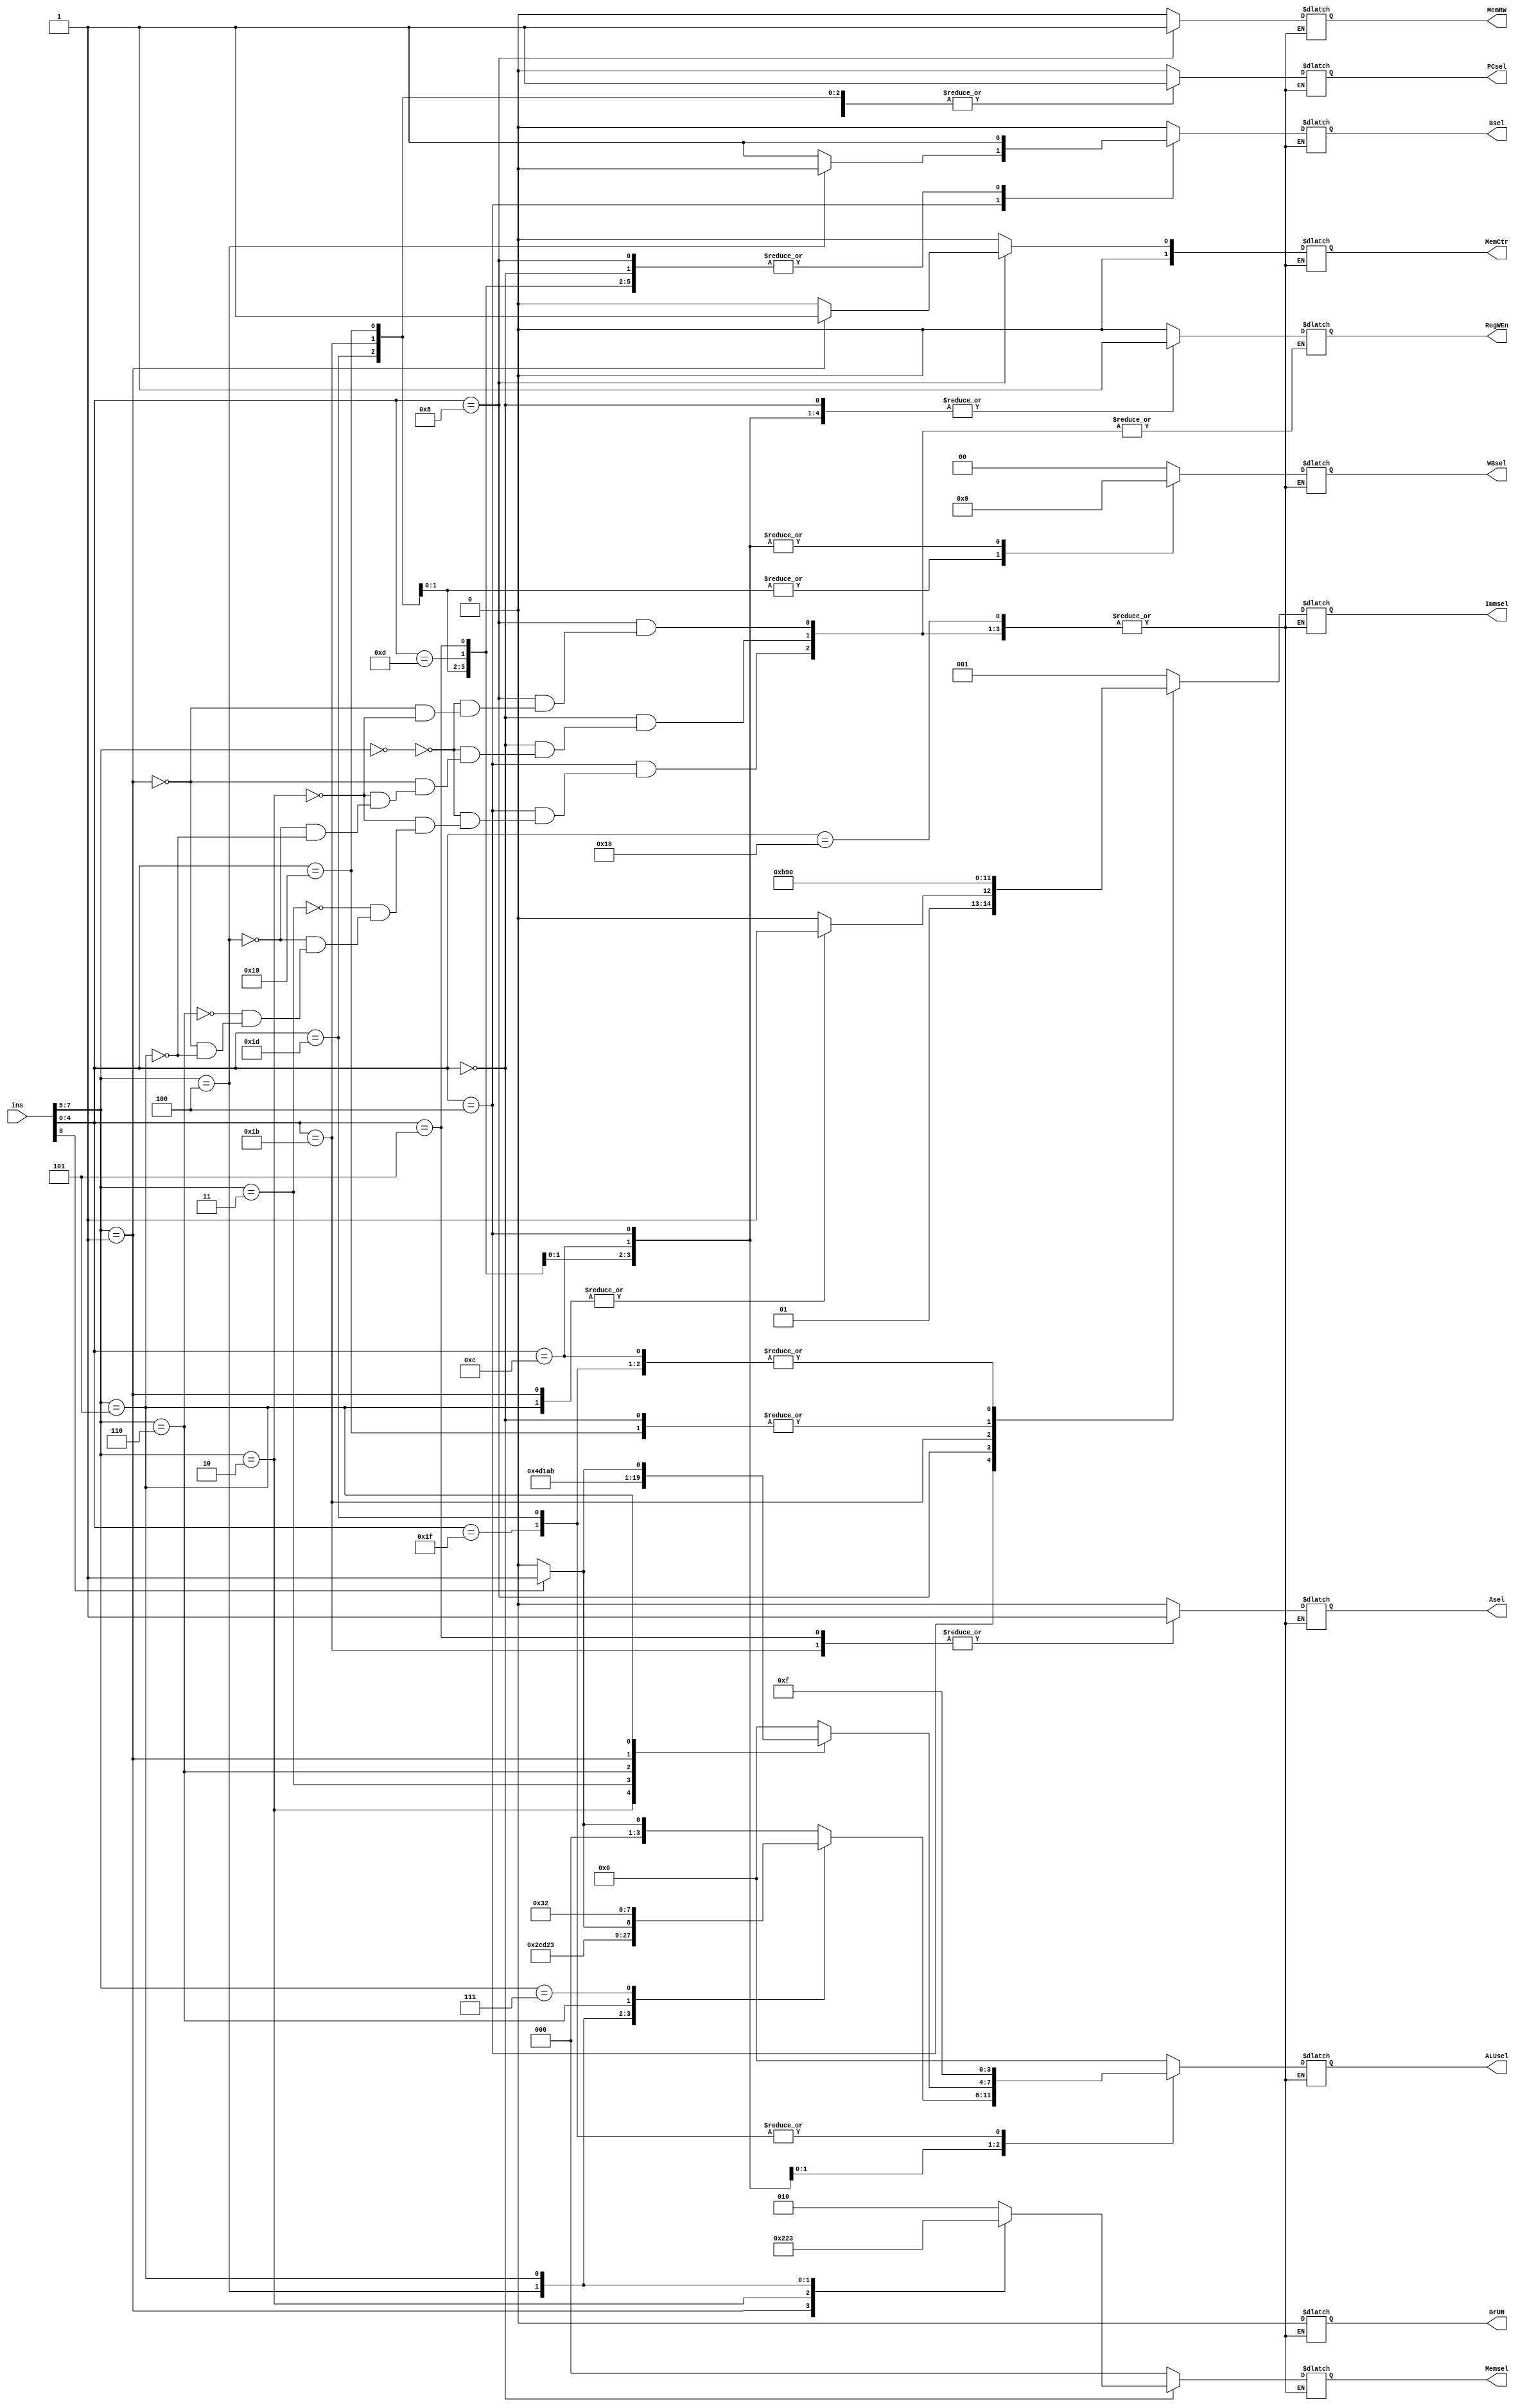
`define R		5'b01100
`define I		5'b00100
`define L		5'b00000
`define S		5'b01000
`define B		5'b11000
`define JAR		5'b11011
`define JALR		5'b11001
`define LUI		5'b01101
`define AUIPC		5'b00101
`define NONE		5'b11111
`define NONEL		5'b11101

`define PC1		1'b0
`define ALU1		1'b1 

`define ENABLE  	1'b1
`define DISABLE		1'b0

`define REGISTER	1'b0
`define PC		1'b1
`define IMM		1'b1

`define ADD		4'b0000
`define SUB		4'b0001	
`define COM		4'b1001
`define COMU		4'b1010
`define XOR		4'b0100
`define OR		4'b0011
`define AND		4'b0010
`define SRL		4'b0110
`define SLL		4'b0101
`define SRA		4'b0111

`define SE20_UI 	3'b001
`define SE12_LI 	3'b010
`define SE05    	3'b011
`define SE12_BR 	3'b100
`define SE12_ST 	3'b101
`define SE20_JP 	3'b110

`define PC2		2'b10
`define ALU2		2'b01
`define MEM		2'b00

`define LW   		3'b000 
`define LH   		3'b001 
`define LB   		3'b010 
`define LHU  		3'b011 
`define LBU  		3'b100 

`define SW		2'b00
`define SH		2'b01
`define SB		2'b00

module rom12 (ins, PCsel, Immsel, BrUN, Asel, Bsel, ALUsel, MemRW, RegWEn, Memsel, MemCtr, WBsel);
	input [8:0] ins;
	output reg PCsel, BrUN, Asel, Bsel, MemRW, RegWEn;
	output reg [3:0] ALUsel;
	output reg [2:0] Immsel, Memsel;
	output reg [1:0] WBsel, MemCtr;
	
	always @(*)
	begin
		case(ins[4:0])
			`R:	case(ins[7:5])						// R TYPE
					3'b000: case(ins[8]) 				// ADD + SUB
							1'b0:	begin			// ADD
								BrUN = 1'b0;
								PCsel = `PC1;
								Immsel = 3'b000;
								RegWEn = 1'b1;		
								Asel = `REGISTER;					
								Bsel = `REGISTER;	
								ALUsel = `ADD;		
								MemCtr = 2'b00;
								MemRW =	`DISABLE;
								Memsel = 3'b000;
								WBsel = `ALU2;	
								end
		  					
	
						 	1'b1:	begin			// SUB
								BrUN = 1'b0;
								PCsel = `PC1;
								Immsel = 3'b000;
								RegWEn = 1'b1;		
								Asel = `REGISTER;					
								Bsel = `REGISTER;	
								ALUsel = `SUB;		
								MemCtr = 2'b00;
								MemRW =	`DISABLE;
								Memsel = 3'b000;
								WBsel = `ALU2;
								end	
						endcase	
					3'b001: begin					// SLL
						BrUN = 1'b0;
						PCsel = `PC1;
						Immsel = 3'b000;
						RegWEn = 1'b1;		
						Asel = `REGISTER;					
						Bsel = `REGISTER;	
						ALUsel = `SLL;		
						MemCtr = 2'b00;
						MemRW =	`DISABLE;
						Memsel = 3'b000;
						WBsel = `ALU2;
						end

					3'b010: begin					// SLT
						BrUN = 1'b0;
						PCsel = `PC1;
						Immsel = 3'b000;
						RegWEn = 1'b1;		
						Asel = `REGISTER;					
						Bsel = `REGISTER;	
						ALUsel = `COM;		
						MemCtr = 2'b00;
						MemRW =	`DISABLE;
						Memsel = 3'b000;
						WBsel = `ALU2;
						end

					3'b011: begin					// SLTU
						BrUN = 1'b0;
						PCsel = `PC1;
						Immsel = 3'b000;
						RegWEn = 1'b1;		
						Asel = `REGISTER;					
						Bsel = `REGISTER;	
						ALUsel = `COMU;		
						MemCtr = 2'b00;
						MemRW =	`DISABLE;
						Memsel = 3'b000;
						WBsel = `ALU2;
						end

					3'b100: begin					// XOR
						BrUN = 1'b0;
						PCsel = `PC1;
						Immsel = 3'b000;
						RegWEn = 1'b1;		
						Asel = `REGISTER;					
						Bsel = `REGISTER;	
						ALUsel = `XOR;		
						MemCtr = 2'b00;
						MemRW =	`DISABLE;
						Memsel = 3'b000;
						WBsel = `ALU2;
						end

					3'b101: case(ins[8])				// SRL + SRA
							1'b0: 	begin			// SRL
								BrUN = 1'b0;
								PCsel = `PC1;
								Immsel = 3'b000;
								RegWEn = 1'b1;		
								Asel = `REGISTER;					
								Bsel = `REGISTER;	
								ALUsel = `SRL;		
								MemCtr = 2'b00;
								MemRW =	`DISABLE;
								Memsel = 3'b000;
								WBsel = `ALU2;
								end

							1'b1:	begin			// SRA
								BrUN = 1'b0;
								PCsel = `PC1;
								Immsel = 3'b000;
								RegWEn = 1'b1;		
								Asel = `REGISTER;					
								Bsel = `REGISTER;	
								ALUsel = `SRA;		
								MemCtr = 2'b00;
								MemRW =	`DISABLE;
								Memsel = 3'b000;
								WBsel = `ALU2;
								end
						endcase
					
					3'b110: begin					// OR
						BrUN = 1'b0;
						PCsel = `PC1;
						Immsel = 3'b000;
						RegWEn = 1'b1;		
						Asel = `REGISTER;					
						Bsel = `REGISTER;	
						ALUsel = `OR;		
						MemCtr = 2'b00;
						MemRW =	`DISABLE;
						Memsel = 3'b000;
						WBsel = `ALU2;
						end
					
					3'b111: begin					// AND
						BrUN = 1'b0;
						PCsel = `PC1;
						Immsel = 3'b000;
						RegWEn = 1'b1;		
						Asel = `REGISTER;					
						Bsel = `REGISTER;	
						ALUsel = `AND;		
						MemCtr = 2'b00;
						MemRW =	`DISABLE;
						Memsel = 3'b000;
						WBsel = `ALU2;
						end
				endcase
	
			`I:	case(ins[7:5])						// I TYPE
					3'b000:	begin					// ADDI
						BrUN = 1'b0;
						PCsel = `PC1;
						Immsel = `SE12_LI;
						RegWEn = `ENABLE;		
						Asel = `REGISTER;					
						Bsel = `IMM;	
						ALUsel = `ADD;		
						MemCtr = 2'b00;
						MemRW =	`DISABLE;
						Memsel = 3'b000;
						WBsel = `ALU2;
						end

					3'b010:	begin					// SLTI
						BrUN = 1'b0;
						PCsel = `PC1;
						Immsel = `SE12_LI;
						RegWEn = `ENABLE;		
						Asel = `REGISTER;					
						Bsel = `IMM;	
						ALUsel = `COM;		
						MemCtr = 2'b00;
						MemRW =	`DISABLE;
						Memsel = 3'b000;
						WBsel = `ALU2;
						end
					
					3'b011:	begin					// SLTIU
						BrUN = 1'b0;
						PCsel = `PC1;
						Immsel = `SE12_LI;
						RegWEn = 1'b1;		
						Asel = `REGISTER;					
						Bsel = `IMM;	
						ALUsel = `COMU;		
						MemCtr = 2'b00;
						MemRW =	`DISABLE;
						Memsel = 3'b000;
						WBsel = `ALU2;
						end
					
					3'b100:	begin					// XORI
						BrUN = 1'b0;
						PCsel = `PC1;
						Immsel = `SE12_LI;
						RegWEn = 1'b1;	
						Asel = `REGISTER;					
						Bsel = `XOR;	
						ALUsel = `ADD;		
						MemCtr = 2'b00;
						MemRW =	`DISABLE;
						Memsel = 3'b000;
						WBsel = `ALU2;
						end

					3'b110:	begin					// ORI
						BrUN = 1'b0;
						PCsel = `PC1;
						Immsel = `SE12_LI;
						RegWEn =  1'b1;		
						Asel = `REGISTER;					
						Bsel = `IMM;	
						ALUsel = `OR;		
						MemCtr = 2'b00;
						MemRW =	`DISABLE;
						Memsel = 3'b000;
						WBsel = `ALU2;
						end

					3'b000:	begin					// ANDI
						BrUN = 1'b0;
						PCsel = `PC1;
						Immsel = `SE12_LI;
						RegWEn = 1'b1;	
						Asel = `REGISTER;					
						Bsel = `IMM;	
						ALUsel = `AND;		
						MemCtr = 2'b00;
						MemRW =	`DISABLE;
						Memsel = 3'b000;
						WBsel = `ALU2;
						end

					3'b001:	begin					// SLLI
						BrUN = 1'b0;
						PCsel = `PC1;
						Immsel = `SE05;
						RegWEn =  1'b1;	
						Asel = `REGISTER;					
						Bsel = `IMM;	
						ALUsel = `SLL;		
						MemCtr = 2'b00;
						MemRW =	`DISABLE;
						Memsel = 3'b000;
						WBsel = `ALU2;
						end
				
					3'b101: case(ins[8])				// SRLI + SRAI
							1'b0:	begin			// SRLI					
								BrUN = 1'b0;
								PCsel = `PC1;
								Immsel = `SE05;
								RegWEn = 1'b1;	
								Asel = `REGISTER;					
								Bsel = `IMM;	
								ALUsel = `SRL;		
								MemCtr = 2'b00;
								MemRW =	`DISABLE;
								Memsel = 3'b000;
								WBsel = `ALU2;
								end
							
							1'b1:	begin			// SRAI
								BrUN = 1'b0;
								PCsel = `PC1;
								Immsel = `SE05;
								RegWEn =  1'b1;	
								Asel = `REGISTER;					
								Bsel = `IMM;	
								ALUsel = `SRA;		
								MemCtr = 2'b00;
								MemRW =	`DISABLE;
								Memsel = 3'b000;
								WBsel = `ALU2;		
								end
						endcase
				endcase

			`L:	case(ins[7:5])						// L TYPE
					3'b000: begin					// LB
						BrUN = 1'b0;
						PCsel = `PC1;
						Immsel = `SE12_LI;
						RegWEn = 1'b1;		
						Asel = `REGISTER;					
						Bsel = `IMM;	
						ALUsel = `ADD;		
						MemCtr = 2'b00;
						MemRW =	`DISABLE;
						Memsel = `LB;
						WBsel = `MEM;
						end

					3'b001: begin					// LH
						BrUN = 1'b0;
						PCsel = `PC1;
						Immsel = `SE12_LI;
						RegWEn = 1'b1;		
						Asel = `REGISTER;					
						Bsel = `IMM;	
						ALUsel = `ADD;		
						MemCtr = 2'b00;
						MemRW =	`DISABLE;
						Memsel = `LH;
						WBsel = `MEM;
						end
					
					3'b010: begin					// LW
						BrUN = 1'b0;
						PCsel = `PC1;
						Immsel = `SE12_LI;
						RegWEn = 1'b1;	
						Asel = `REGISTER;					
						Bsel = `IMM;	
						ALUsel = `ADD;		
						MemCtr = 2'b00;
						MemRW =	`DISABLE;
						Memsel = `LW;
						WBsel = `MEM;
						end
					
					3'b100: begin					// LBU
						BrUN = 1'b0;
						PCsel = `PC1;
						Immsel = `SE12_LI;
						RegWEn = 1'b1;	
						Asel = `REGISTER;					
						Bsel = `IMM;	
						ALUsel = `ADD;		
						MemCtr = 2'b00;
						MemRW =	`DISABLE;
						Memsel = `LBU;
						WBsel = `MEM;
						end

					3'b101: begin					// LHU
						BrUN = 1'b0;
						PCsel = `PC1;
						Immsel = `SE12_LI;
						RegWEn = 1'b1;		
						Asel = `REGISTER;					
						Bsel = `IMM;	
						ALUsel = `ADD;		
						MemCtr = 2'b00;
						MemRW =	`DISABLE;
						Memsel = `LHU;
						WBsel = `MEM;
						end
				endcase		
			
			`S:	case(ins[7:5])						// S TYPE
					3'b000: begin					// SB
						BrUN = 1'b0;
						PCsel = `PC1;
						Immsel = `SE12_ST;
						RegWEn = `DISABLE;		
						Asel = `REGISTER;					
						Bsel = `IMM;	
						ALUsel = `ADD;		
						MemCtr = `SB;
						MemRW =	`ENABLE;
						Memsel = 3'b000;
						WBsel = 2'b00;
						end

					3'b001: begin					// SH
						BrUN = 1'b0;
						PCsel = `PC1;
						Immsel = `SE12_ST;
						RegWEn = `DISABLE;		
						Asel = `REGISTER;					
						Bsel = `IMM;	
						ALUsel = `ADD;		
						MemCtr = `SH;
						MemRW =	`ENABLE;
						Memsel = 3'b000;
						WBsel = 2'b00;
						end
					
					3'b010: begin					// SW
						BrUN = 1'b0;
						PCsel = `PC1;
						Immsel = `SE12_ST;
						RegWEn = `DISABLE;		
						Asel = `REGISTER;					
						Bsel = `IMM;	
						ALUsel = `ADD;		
						MemCtr = `SW;
						MemRW =	`ENABLE;
						Memsel = 3'b000;
						WBsel = 2'b00;
						end
				endcase		

			`B:						// B TYPE			
				begin
					RegWEn = 1'b0;		
				end
			`JAR:	begin							// JAR
				BrUN = 1'b0;
				PCsel = `ALU1;
				Immsel = `SE20_JP;
				RegWEn = 1'b1;		
				Asel = `PC;					
				Bsel = `IMM;	
				ALUsel = `ADD;		
				MemCtr = 2'b00;
				MemRW =	`DISABLE;
				Memsel = 3'b000;
				WBsel = `PC2;
				end

			`JALR: 	begin							// JALR	
				BrUN = 1'b0;
				PCsel = `ALU1;
				Immsel = `SE12_LI;
				RegWEn = 1'b1;		
				Asel = `REGISTER;					
				Bsel = `IMM;	
				ALUsel = `ADD;		
				MemCtr = 2'b00;
				MemRW =	`DISABLE;
				Memsel = 3'b000;
				WBsel = `PC2;
				end

			`LUI: 	begin							// LUI
				BrUN = 1'b0;
				PCsel = `PC1;
				Immsel = `SE20_UI;
				RegWEn = 1'b1;		
				Asel = `REGISTER;					
				Bsel = `IMM;	
				ALUsel = `ADD;		
				MemCtr = 2'b00;
				MemRW =	`DISABLE;
				Memsel = 3'b000;
				WBsel = `ALU2;
				end

			`AUIPC: begin							// AUIPC
				BrUN = 1'b0;
				PCsel = `PC1;
				Immsel = `SE20_UI;
				RegWEn = 1'b1;		
				Asel = `PC;					
				Bsel = `IMM;	
				ALUsel = `ADD;		
				MemCtr = 2'b00;
				MemRW =	`DISABLE;
				Memsel = 3'b000;
				WBsel = `ALU2;
				end

			`NONE: begin
				BrUN = 1'b0;
				PCsel = `SE20_UI;
				Immsel = 3'b000;
				RegWEn = 1'b0;		
				Asel = 1'b0;					
				Bsel = 1'b0;	
				ALUsel = 4'b1111;		
				MemCtr = 2'b00;
				MemRW =	`DISABLE;
				Memsel = 3'b000;
				WBsel = 2'b00;
				end
			`NONEL: begin
				BrUN = 1'b0;
				PCsel = `SE20_UI;
				Immsel = 3'b000;
				RegWEn = 1'b1;		
				Asel = 1'b0;					
				Bsel = 1'b0;	
				ALUsel = 4'b1111;		
				MemCtr = 2'b00;
				MemRW =	`DISABLE;
				Memsel = 3'b000;
				WBsel = 2'b00;
				end

			default:	begin
					BrUN = 1'b0;
					PCsel = `PC1;
					Immsel = `SE20_UI ;
					RegWEn = `DISABLE;
					Asel = 1'b0;
					Bsel = 1'b0;
					ALUsel = 4'b0000;
					MemCtr = 2'b00;
					MemRW = `DISABLE;
					Memsel = 3'b000;
					WBsel = 2'b00;
					end	
		endcase
	end
endmodule